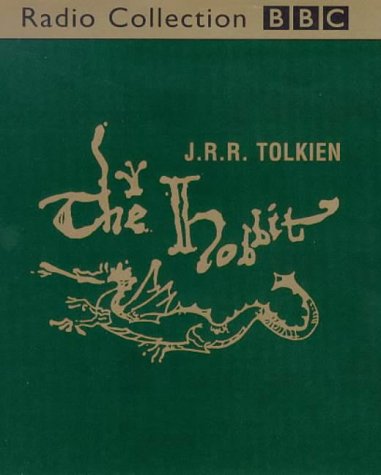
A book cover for The Hobbit; J. R. R. Tolkien; Humor & Entertainment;